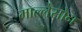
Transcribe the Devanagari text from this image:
माल्लेसोन